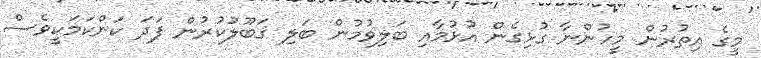
މީގެ އިތުރުން މީހުންނާ ގުޅިގެން އުޅުމާއި ބަލިވުމުން ބަލި ޤަބޫލުކުރުން ފަދަ ކަންކަމަކީވެސް